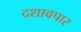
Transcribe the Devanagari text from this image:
दशावपार